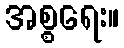
အစ္စရေး။